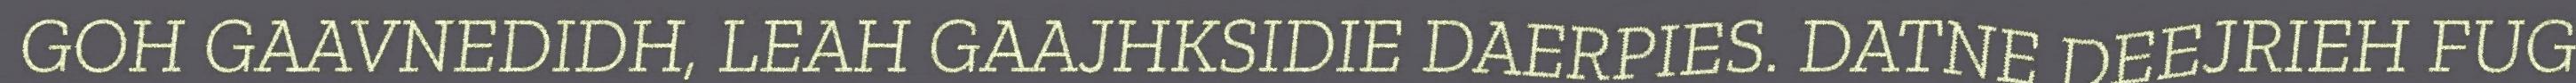
GOH GAAVNEDIDH, LEAH GAAJHKSIDIE DAERPIES. DATNE DEEJRIEH FUG